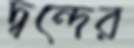
দ্বন্দের